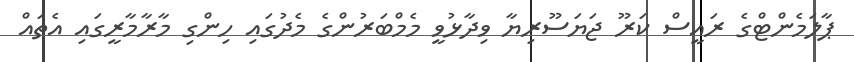
ޕާލަމެންޓްގެ ރައީސް ކަރޫ ޖަޔަސޫރިޔާ ވިދާޅުވީ މެމްބަރުންގެ މެދުގައި ހިންގި މާރާމާރީގައި އެތައް